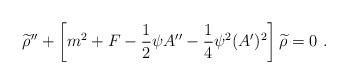
LaTeX: \begin{align*}{\widetilde \rho}^{\prime\prime}+\left[m^2+F-{1\over 2}\psi A^{\prime\prime}-{1\over 4}\psi^2(A^\prime)^2\right]{\widetilde \rho}=0~.\end{align*}